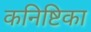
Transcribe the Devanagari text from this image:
कनिष्टिका